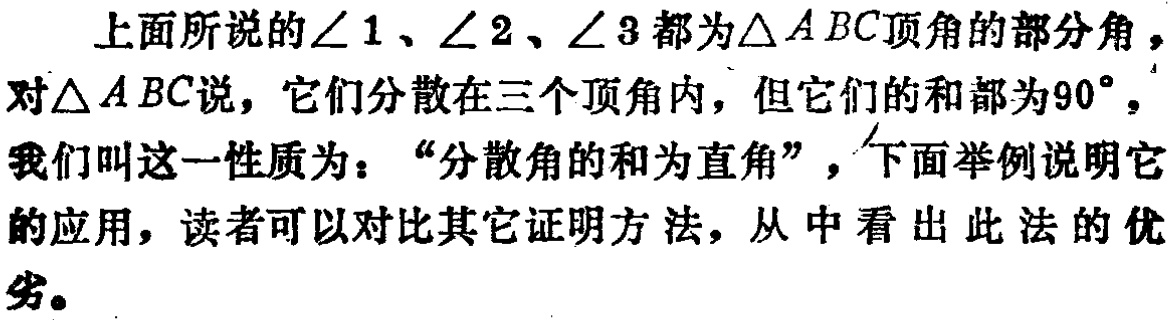
上面所说的$\angle 1$、$\angle 2$、$\angle 3$都为$\triangle ABC$顶角的部分角，对$\triangle ABC$说，它们分散在三个顶角内，但它们的和都为$90^{\circ}$，我们叫这一性质为：“分散角的和为直角”，下面举例说明它的应用，读者可以对比其它证明方法，从中看出此法的优劣。